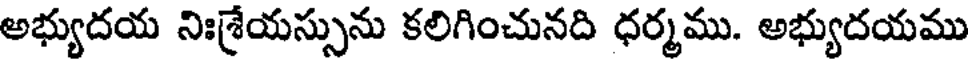
అభ్యుదయ నిఃశ్రేయస్సును కలిగించునది ధర్మము. అభ్యుదయము